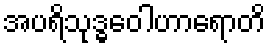
အပရိသုဒ္ဓဝေါဟာရောတိ